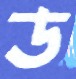
ড